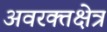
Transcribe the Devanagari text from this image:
अवरक्तक्षेत्र